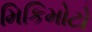
મિકિમોટો